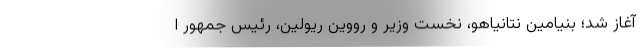
آغاز شد؛ بنیامین نتانیاهو، نخست وزیر و رووین ریولین، رئیس جمهور ا